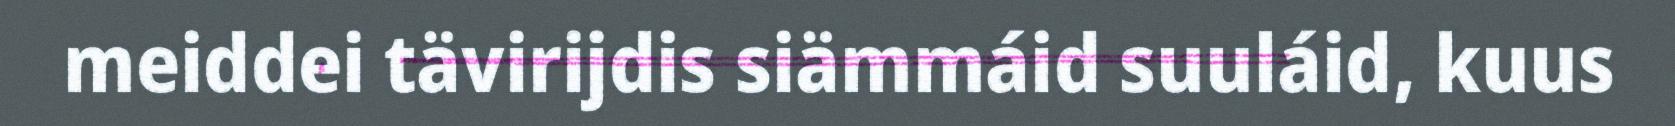
meiddei tävirijdis siämmáid suuláid, kuus